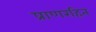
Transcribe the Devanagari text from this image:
प्राणरहित